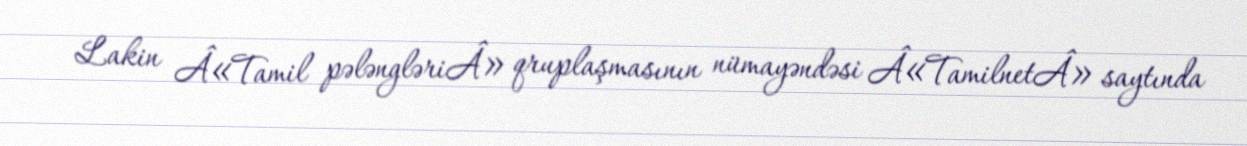
Lakin Â«Tamil pələngləriÂ» qruplaşmasının nümayəndəsi Â«TamilnetÂ» saytında